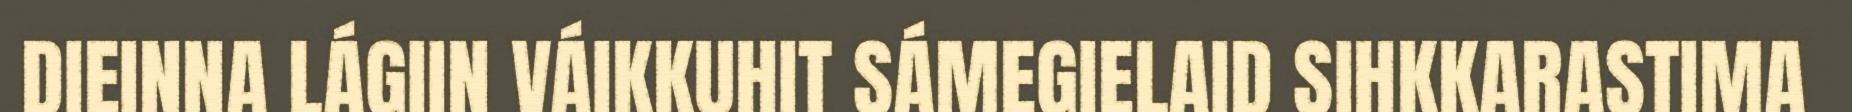
DIEINNA LÁGIIN VÁIKKUHIT SÁMEGIELAID SIHKKARASTIMA